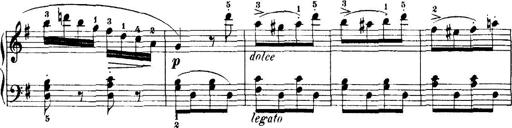
Title: 7 Sonatinas
Composer: Anton Diabelli